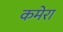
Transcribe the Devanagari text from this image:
कमेरा